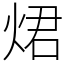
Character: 𤉙